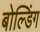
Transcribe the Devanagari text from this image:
बोल्डिंग